Report on horse surra - Volume I
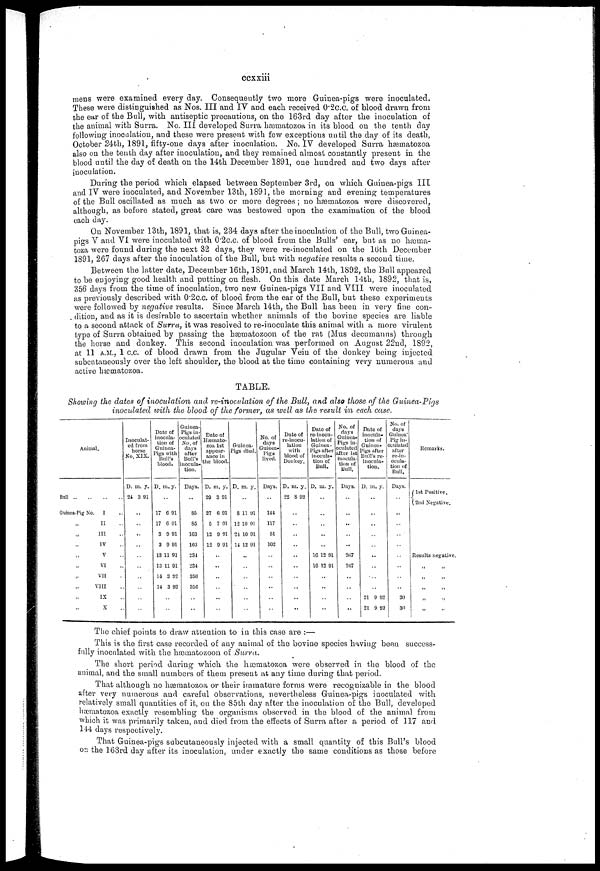
ccxxiii
mens were examined every day. Consequently two more Guinea-pigs were inoculated.
These were distinguished as Nos. III and IV and each received 0.2c.c. of blood drawn from
the ear of the Bull, with antiseptic precautions, on the 163rd day after the inoculation of
the animal with Surra. No. III developed Surra hæmatozoa in its blood on the tenth day
following inoculation, and these were present with few exceptions until the day of its death,
October 24th, 1891, fifty-one days after inoculation. No. IV developed Surra hæmatozoa
also on the tenth day after inoculation, and they remained almost constantly present in the
blood until the day of death on the 14th December 1891, one hundred and two days after
inoculation.
During the period which elapsed between September 3rd, on which Guinea-pigs III
and IV were inoculated, and November 13th, 1891, the morning and evening temperatures
of the Bull oscillated as much as two or more degrees ; no hæmatozoa were discovered,
although, as before stated, great care was bestowed upon the examination of the blood
each day.
On November 13th, 1891, that is, 234 days after the inoculation of the Bull, two Guinea-
pigs V and VI were inoculated with 0.2c.c. of blood from the Bulls' ear, but as no hæma-
toza were found during the next 32 days, they were re-inoculated on the 16th December
1891, 267 days after the inoculation of the Bull, but with negative results a second time.
Between the latter date, December 16th, 1891, and March 14th, 1892, the Bull appeared
to be enjoying good health and putting on flesh. On this date March 14th, 1892, that is,
356 days from the time of inoculation, two new Guinea-pigs VII and VIII were inoculated
as previously described with 0.2c.c. of blood from the ear of the Bull, but these experiments
were followed by negative results. Since March 14th, the Bull has been in very fine con-
dition, and as it is desirable to ascertain whether animals of the bovine species are liable
to a second attack of Surra, it was resolved to re-inoculate this animal with a more virulent
type of Surra obtained by passing the hæmatozoon of the rat (Mus decumanus) through
the horse and donkey. This second inoculation was performed on August 22nd, 1892,
at 11 A.M., 1 c.c. of blood drawn from the Jugular Vein of the donkey being injected
subcutaneously over the left shoulder, the blood at the time containing very numerous and
active hæmatozoa.
TABLE.
Showing the dates of inoculation and re-inoculation of the Bull, and also those of the Guinea-Pigs
inoculated with the blood of the former, as well as the result in each case.
Animal.
Bull ..
Guinea-Pig No.
I
„
„
„
„
„
„
„
„
„
II
III
IV
V
VI
VII
VIII
IX
X
..
..
..
..
..
..
..
..
..
..
Inoculat-
ed from
horse
No. XIX.
D.
24
m.
3
..
..
..
..
..
..
..
..
..
..
y.
91
Date of
inocula-
tion of
Guinea-
pigs with
Bull's
blood. D.
17
17
3
3
13
13
14
14
..
..
m.
..
6
6
9
9
11
11
3
3
y.
91
91
91
91
91
91
92
92
Guinea-
Pigs in-
oculated
No. of
days
after
Bull's
inocula-
tion.
Days.
..
85
85
163
163
234
234
356
356
..
..
Date of Hæmato-
zoa 1st
appear-
ance in
the blood.
D.
29
27
5
12
12
m.
3
6
7
9
9
..
..
..
..
..
..
y.
91
91
91
91
91
Guinea-
Pigs died.
D.
8
12
24
14
m.
..
11
10
10
12
..
..
..
..
..
..
y.
91
91
91
91
No. of
days
Guinea-
Pigs
lived.
Days.
..
144
117
51
102
..
..
..
..
..
..
Date of
re-inocu-
lation
with
blood of
Donkey.
D.
22
m.
8
..
..
..
..
..
..
..
..
..
..
y.
92
Date of
re-inocu-
lation of
Guinea-
Pigs ater
inocula-
tion of
Bull.
D.
16
16
m.
..
..
..
..
..
12
12
..
..
..
..
y.
91
91
No. of
days
Guinea-
Pigs in-
oculated
after 1st
inocula-
tion of
Bull.
Days.
..
..
..
..
..
267
267
..
..
..
..
Date of
inocula-
tion of
Guinea-
Pigs after
Bull's re-
inocula-
tion.
D.
21
21
m.
..
..
..
..
..
..
..
..
..
9
9
y.
92
92
No. of
days
Guinea-
Pig in-
oculated
after
re-in-
ocula-
tion of
Bull.
Days.
..
..
..
..
..
..
..
..
..
30
30
Remarks.
{ 1st Positive.
2nd Negative.
..
..
..
..
Results negative.
„
„
„
„
„
The chief points to draw attention to in this case are :—
This is the first case recorded of any animal of the bovine species having been success-
fully inoculated with the hæmatozoon of Surra.
The short period during which the hæmatozoa were observed in the blood of the
animal, and the small numbers of them present at any time during that period.
That although no hæmatozoa or their immature forms were recognizable in the blood
after very numerous and careful observations, nevertheless Guinea-pigs inoculated with
relatively small quantities of it, on the 85th day after the inoculation of the Bull, developed
hæmatozoa exactly resembling the organisms observed in the blood of the animal from
which it was primarily taken, and died from the effects of Surra after a period of 117 and
144 days respectively.
That Guinea-pigs subcutaneously injected with a small quantity of this Bull's blood
on the 163rd day after its inoculation, under exactly the same conditions as those before